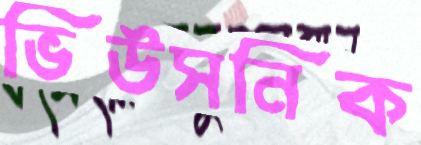
ভিউসনিক